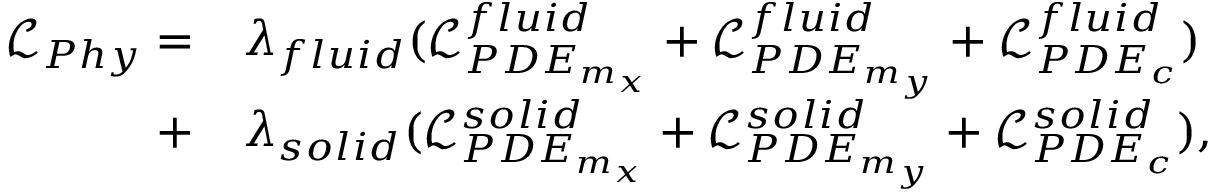
\begin{array} { r l } { \mathcal { L } _ { P h y } = } & { \lambda _ { f l u i d } ( \mathcal { L } _ { P D E _ { m _ { x } } } ^ { f l u i d } + \mathcal { L } _ { P D E _ { m _ { y } } } ^ { f l u i d } + \mathcal { L } _ { P D E _ { c } } ^ { f l u i d } ) } \\ { + } & { \lambda _ { s o l i d } ( \mathcal { L } _ { P D E _ { m _ { x } } } ^ { s o l i d } + \mathcal { L } _ { P D E _ { m _ { y } } } ^ { s o l i d } + \mathcal { L } _ { P D E _ { c } } ^ { s o l i d } ) , } \end{array}